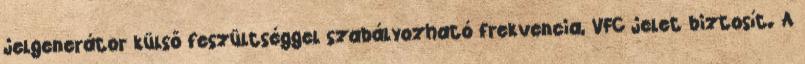
jelgenerátor külső feszültséggel szabályozható frekvencia, VFC jelet biztosít. A